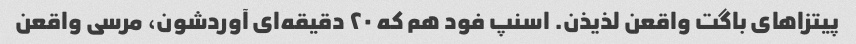
پیتزاهای باگت واقعن لذیذن. اسنپ فود هم که ۲۰ دقیقه‌ای آوردشون، مرسی واقعن